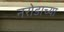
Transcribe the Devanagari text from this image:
नरोडाच्या